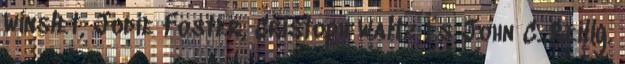
Winslet, Jodie Foster, Cristoph Waltz és John C. Reilly.